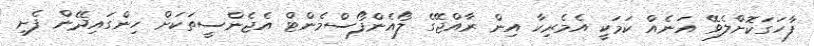
ފާހަގަކޮށްލެވޭ އަނެއް ކަމަކީ އެމެރިކާ އިން ރާއްޖޭގެ ލޯއެންފޯސްމެންޓް އެޖެންސީތަކަށް ހިންގައިދޭން ފެށި